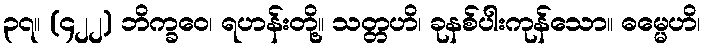
၃၇။ (၄၂၂) ဘိက္ခဝေ၊ ရဟန်းတို့။ သတ္တဟိ၊ ခုနစ်ပါးကုန်သော။ ဓမ္မေဟိ၊